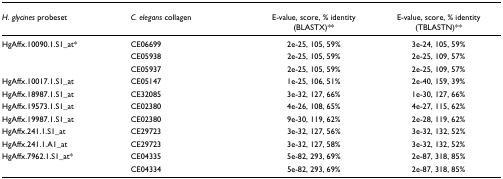
| H. glycines probeset | C. elegans collagen | E-value, score, % identity (BLASTX)** | E-value, score, % identity (TBLASTN)** |
 | --- | --- | --- | --- |
 | HgAffx.10090.1.S1_at* | CE06699 | 2e-25, 105, 59% | 3e-24, 105, 59% |
 |  | CE05938 | 2e-25, 105, 59% | 2e-25, 109, 57% |
 |  | CE05937 | 2e-25, 105, 59% | 2e-25, 109, 57% |
 | HgAffx.10017.1.S1_at | CE05147 | 1e-25, 106, 51% | 2e-40, 159, 39% |
 | HgAffx.18987.1.S1_at | CE32085 | 3e-32, 127, 66% | 1e-30, 127, 66% |
 | HgAffx.19573.1.S1_at | CE02380 | 4e-26, 108, 65% | 4e-27, 115, 62% |
 | HgAffx.19987.1.S1_at | CE02380 | 9e-30, 119, 62% | 2e-28, 119, 62% |
 | HgAffx.241.1.S1_at | CE29723 | 3e-32, 127, 56% | 3e-32, 132, 52% |
 | HgAffx.241.1.A1_at | CE29723 | 3e-32, 127, 58% | 3e-32, 132, 52% |
 | HgAffx.7962.1.S1_at* | CE04335 | 5e-82, 293, 69% | 2e-87, 318, 85% |
 |  | CE04334 | 5e-82, 293, 69% | 2e-87, 318, 85% |